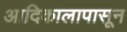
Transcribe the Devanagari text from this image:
आदिकालापासून